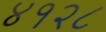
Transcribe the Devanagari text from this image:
४१२८